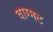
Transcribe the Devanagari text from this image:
वाग्मट